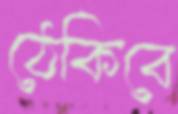
ঠেকিবে